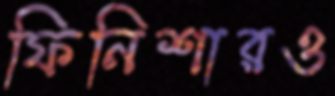
ফিনিশারও